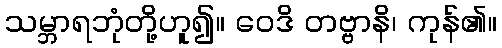
သမ္ဘာရဘုံတို့ဟူ၍။ ဝေဒိ တဗ္ဗာနိ၊ ကုန်၏။